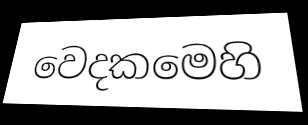
වෙදකමෙහි